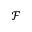
\mathcal { F }